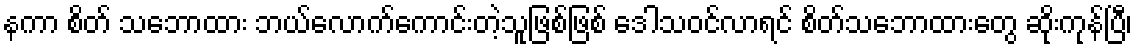
နကာ စိတ် သဘောထား ဘယ်လောက်ကောင်းတဲ့သူဖြစ်ဖြစ် ဒေါသဝင်လာရင် စိတ်သဘောထားတွေ ဆိုးကုန်ပြီ၊